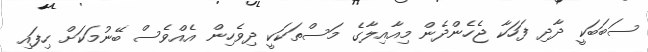
ސަބަބަކީ ދާދި ފަހަކާ ޖެހެންދެން މިއާއިލާގެ މަސްތަކަކީ ދިވެހިން އެއްވެސް ބޭނުމަކަށް ހިފައި